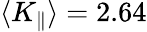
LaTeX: \langle K_{\parallel}\rangle=2.64